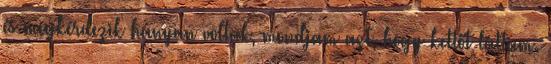
és megkérdezik hányan voltak, mondjam azt, hogy kettőt láttam.